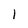
Character: l